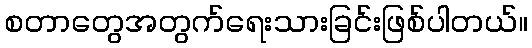
စတာတွေအတွက်ရေးသားခြင်းဖြစ်ပါတယ်။